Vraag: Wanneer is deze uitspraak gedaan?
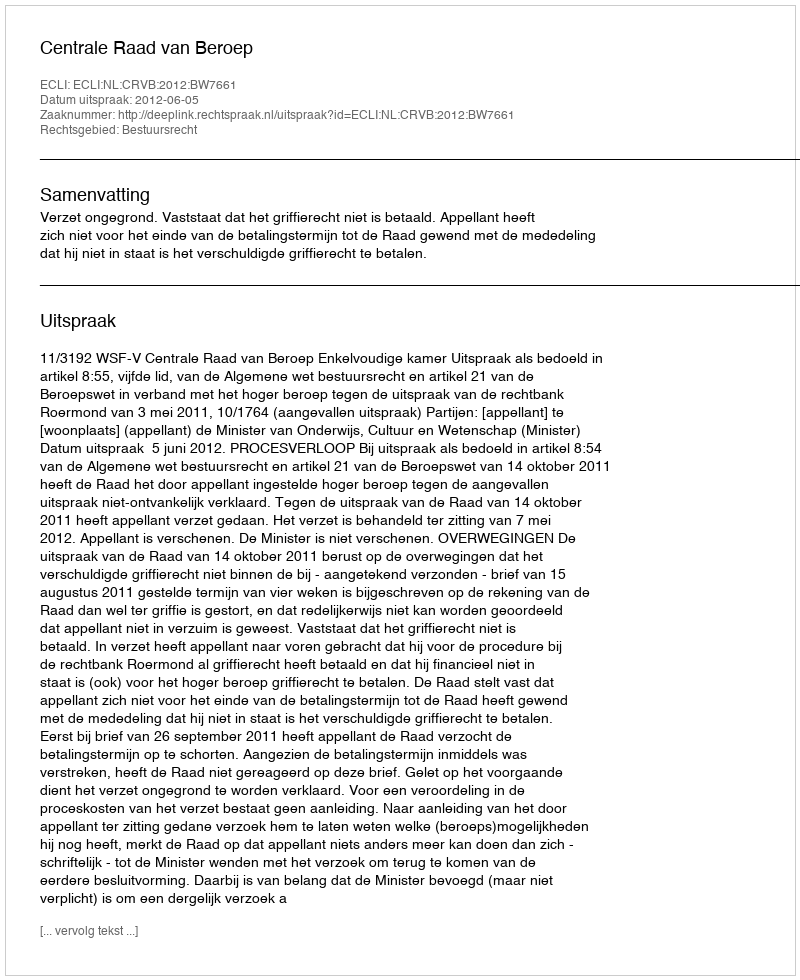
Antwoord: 2012-06-05